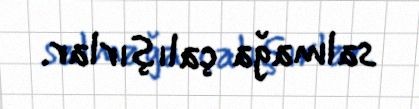
salmağa çalışırlar.